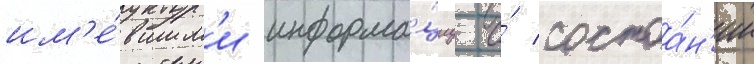
им'е́вшим'и информа́циу о́ состоа́н'ии